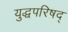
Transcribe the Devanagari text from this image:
युद्धपरिषद्